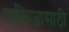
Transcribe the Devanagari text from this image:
पाकिजासाठी